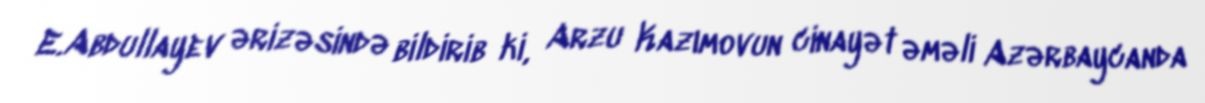
E.Abdullayev ərizəsində bildirib ki, Arzu Kazımovun cinayət əməli Azərbaycanda